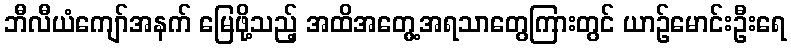
ဘီလီယံကျော်အနက် မြေဖို့သည့် အထိအတွေ့အရသာတွေကြားတွင် ယာဉ်မောင်းဦးရေ